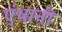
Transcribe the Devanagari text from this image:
एंथानी